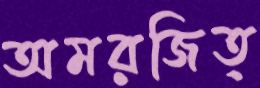
অমরজিত্